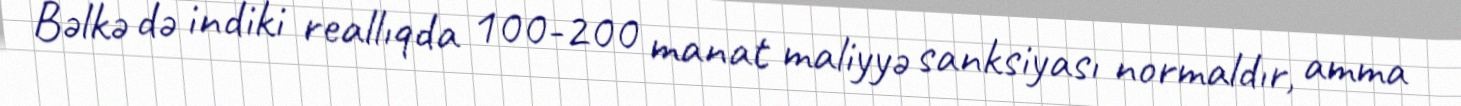
Bəlkə də indiki reallıqda 100-200 manat maliyyə sanksiyası normaldır, amma